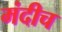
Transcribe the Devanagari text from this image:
मंदीच